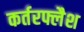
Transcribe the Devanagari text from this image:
कर्तरफ्लैश